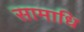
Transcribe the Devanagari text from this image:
सामाधि